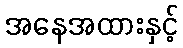
အနေအထားနှင့်